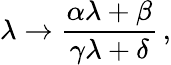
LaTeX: \lambda\to\frac{\alpha\lambda+\beta}{\gamma\lambda+\delta}\, ,